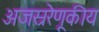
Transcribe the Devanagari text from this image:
अजस्ररेणूकीय